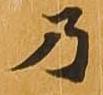
乃